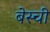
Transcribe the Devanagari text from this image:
बेस्ची